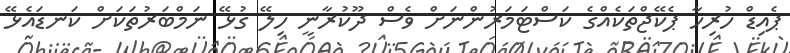
ޕެއިޑް ހުރިހާ ޕެކޭޖްތަކެއްގެ ކަސްޓަމަރުންނަށް ވެސް ދޫކުރާނީ ހިލޭ ގުޅޭ ނަމްބަރުތަކަށް ކަނޑައެޅޭ